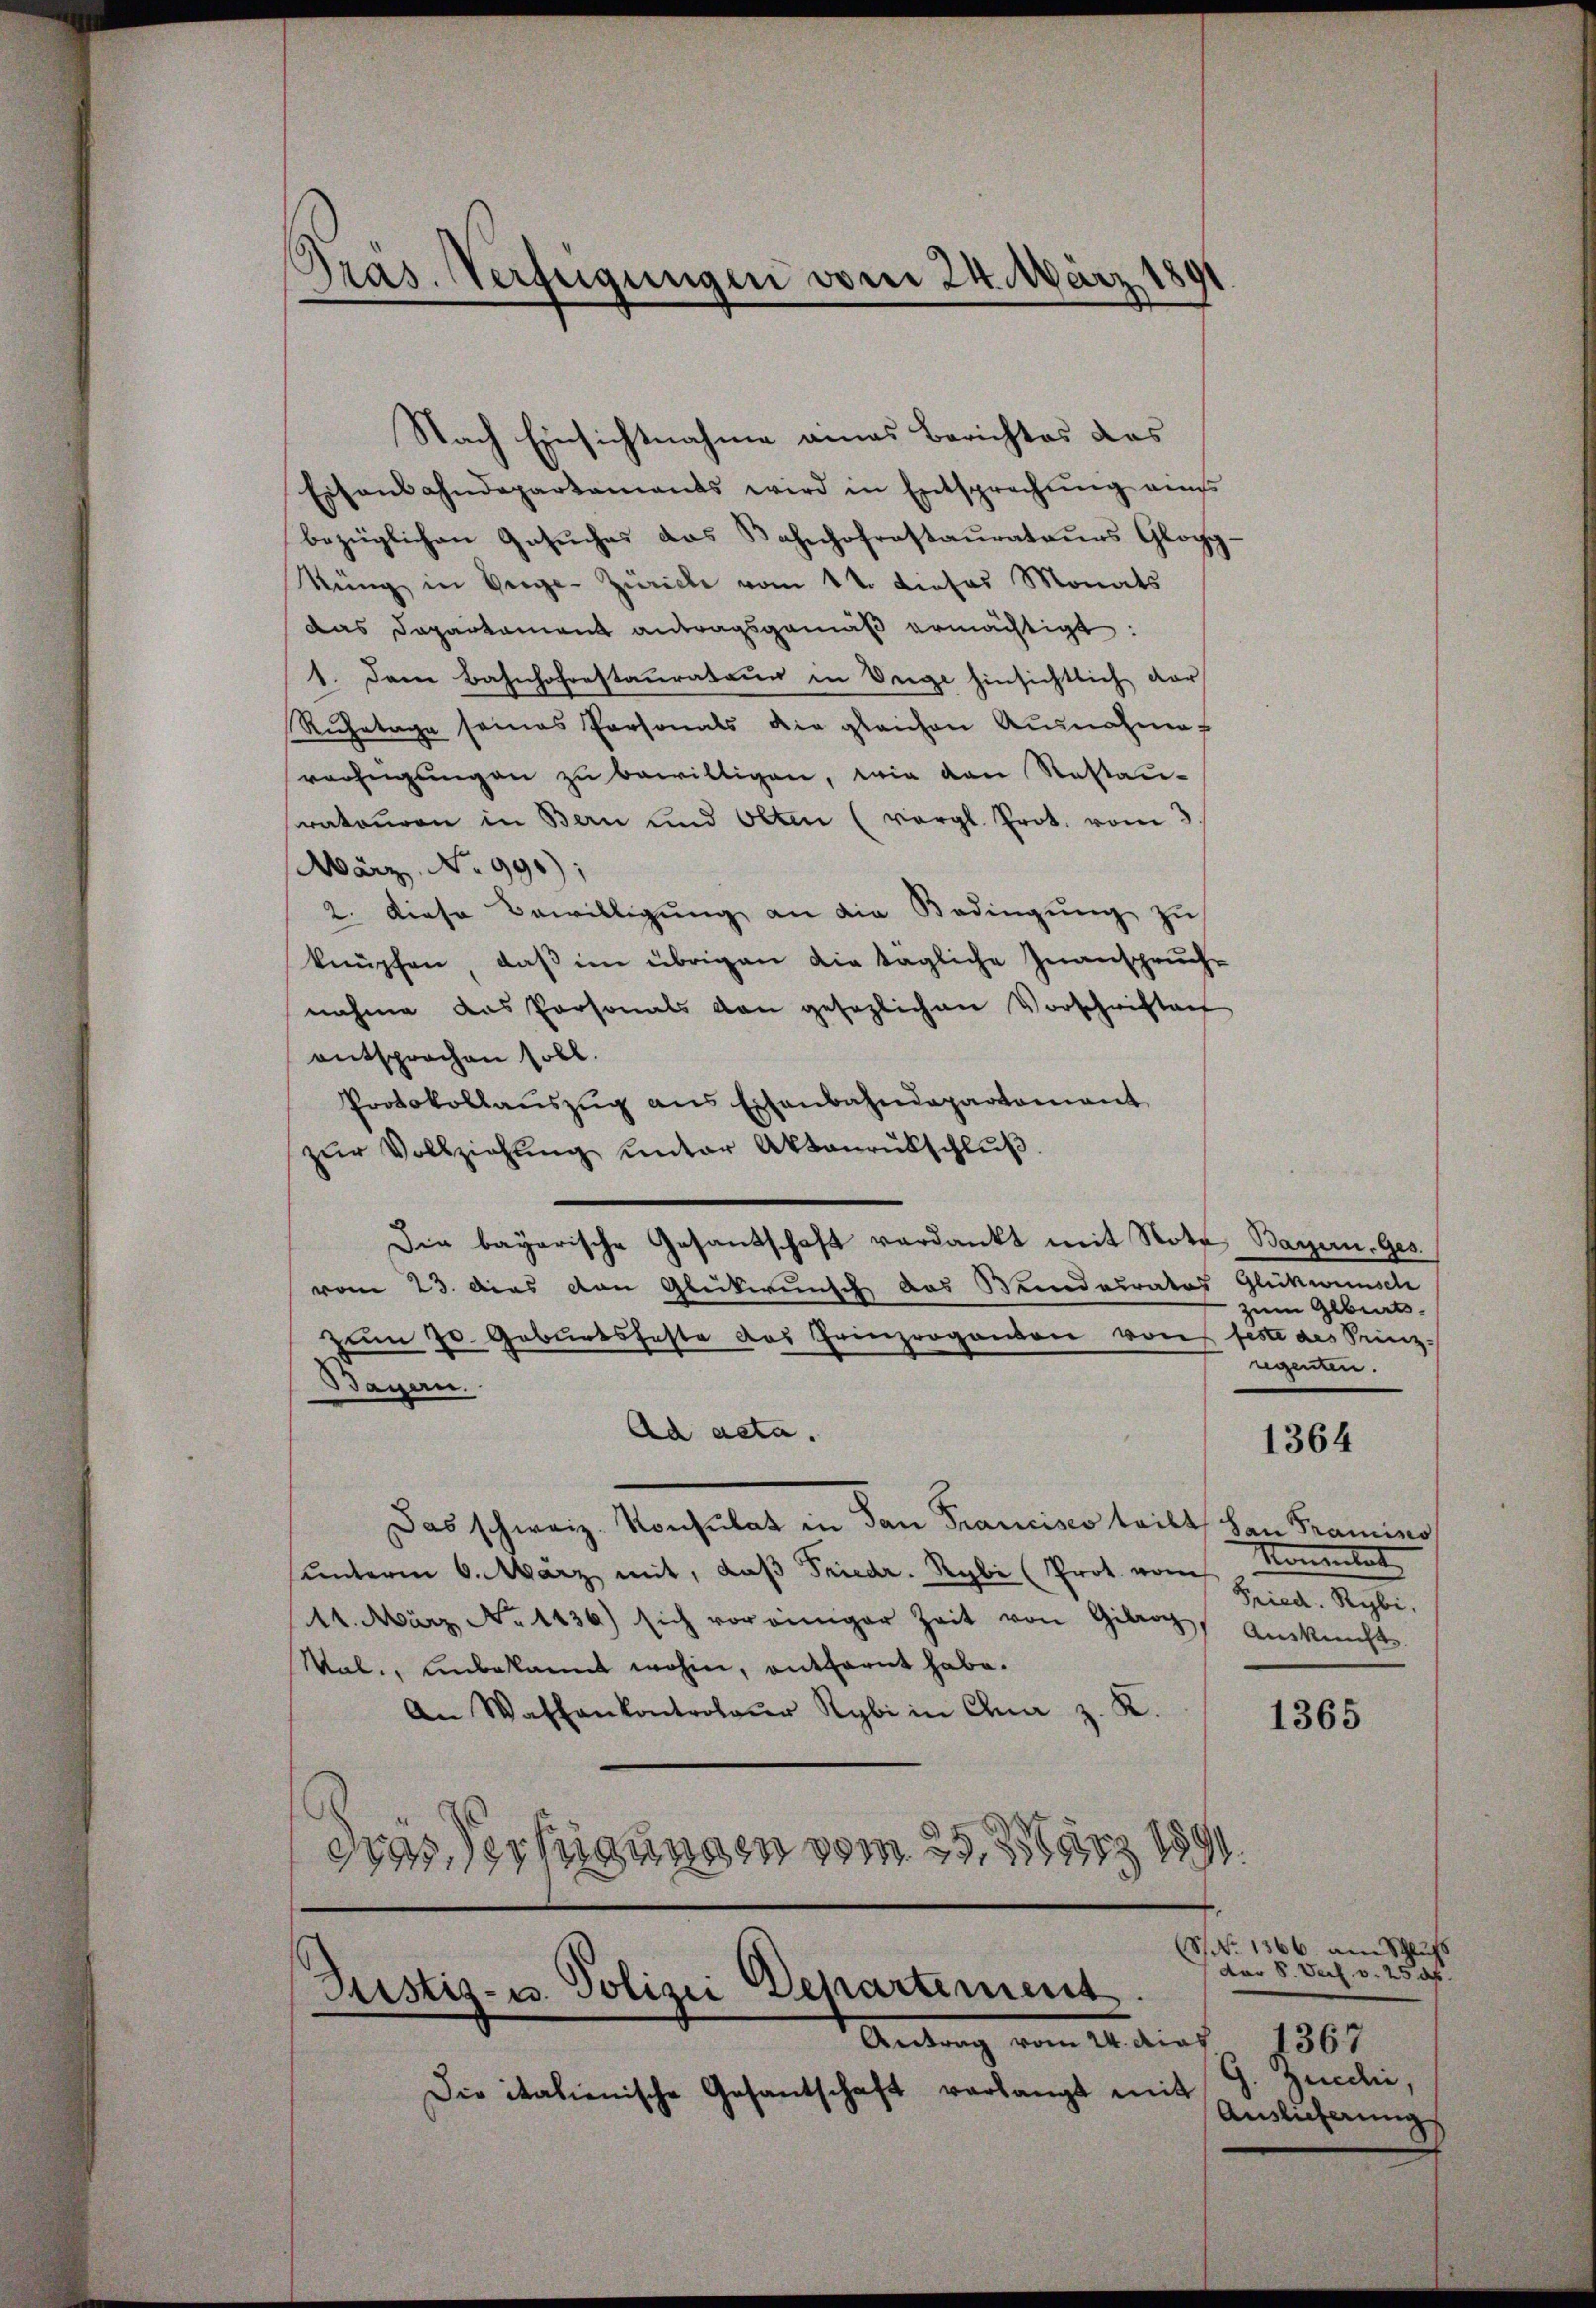
u
Gräs. Verfeigungen vom 24. März 180

Nach Einsichtnahme eines Berichtes des
Eisenbahndepartaments wird in Entsprechŭng eins
bezüglichen Gesuches das Kahnhofrestaurateurs Glogg¬
Küng in Verge-Zürich vom 4t. dieses Monats
das Departament antragsgemäß ermächtigt:
1. Dem Bahnhofrestaurateur in Wege hinsichtlich dar
Ruhetage seines Personals die gleichen Ausnahme
verfeigungen zu bewilligen, wie den Restauratouren in Bern und Olten (vergl. Prot. vom 3
März. No 991);
2. Diese Bewilligung an die Bedingung zu
knüpfen, daß im übrigen die tägliche Inanspruch-
nahme das Personals den gesezlichen Vorschriften
entsprochen soll.
Protokollaŭszŭg ans Eisenbahndepartamant
zŭr Vollziehŭng ŭnter Aktenrübschlŭβ
Die bayerische Gesandschaft verdankt mit Note Bayern. Ges.
vom 23. das von Glückwunsch das Bundesrates Glückwünsch
zum Gebeck.
zŭm 70. Geburtsfeste das Prinzroganon von feste des Prinz
egeben.
Bayern.
Ad acta.
1364
Das schweiz. Konsulat in San Francisco teilt, San Framino
Kometer
unterm 6. März mit, daβ Friedr. Rybi (Prot. vom
Fried. Rybi,
14. März No 1436) sich voreiniger Zeit von Gebrach Auskunft.
Mal., unbekannt wohin, entfernt habe.
An Waschankontrolaŭr Rybi in Chi z. K.
1365
dres Verfügungen vom 25. 1883 1890
No 1366 am Schluß
dor S. Verf. v. 250fr.
Justiz- u. Polizei Departement.
Antrag vom 24. dies
4367
G. Zunden,
Die italienische Gesantschaft verlangt mit
Auslieferung